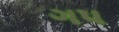
ગપ